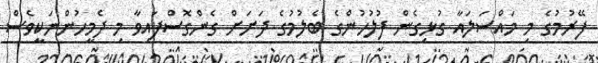
ފޭރުމުގެ މި މައްސަލައާ ގުޅިގެން ފުލުހުންގެ ބެލުމުގެ ދަށަށް ގެންގޮސްފައިވާ މި ދެމީހުންނަކީވެސް